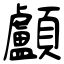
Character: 顱